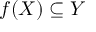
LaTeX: f ( X ) \subseteq Y